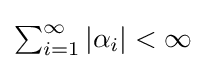
{\textstyle \sum _{i=1}^{\infty }{\left|{\alpha _{i}}\right|}<\infty }